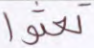
تعثوا